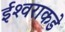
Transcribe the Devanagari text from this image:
ईश्‍वराकडे